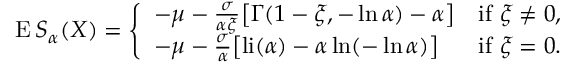
\operatorname { E } S _ { \alpha } ( X ) = { \left\{ \begin{array} { l l } { - \mu - { \frac { \sigma } { \alpha \xi } } { \big [ } \Gamma ( 1 - \xi , - \ln \alpha ) - \alpha { \big ] } } & { { \mathrm { i f ~ } } \xi \neq 0 , } \\ { - \mu - { \frac { \sigma } { \alpha } } { \big [ } { \mathrm { l i } } ( \alpha ) - \alpha \ln ( - \ln \alpha ) { \big ] } } & { { \mathrm { i f ~ } } \xi = 0 . } \end{array} \right. }